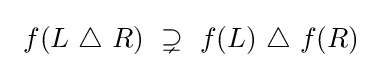
~f(L~\triangle ~R)~\supsetneq ~f(L)~\triangle ~f(R)~